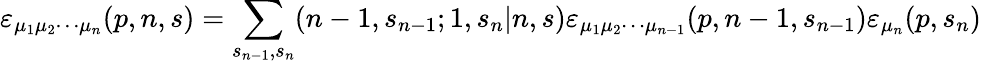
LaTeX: \varepsilon_{\mu_{1}\mu_{2}\cdots\mu_{n}}(p,n,s)=\sum_{s_{n-1},s_{n}}(n-1,s_{n-1};1,s_{n}|n,s)\varepsilon_{\mu_{1}\mu_{2}\cdots\mu_{n-1}}(p,n-1,s_{n-1})\varepsilon_{\mu_{n}}(p,s_{n})